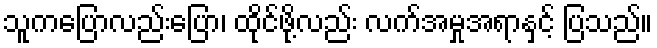
သူကပြောလည်းပြော၊ ထိုင်ဖို့လည်း လက်အမှုအရာနှင့် ပြသည်။